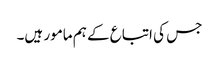
جس کی اتباع کے ہم مامور ہیں۔